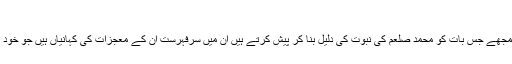
معجزوں کی دلیل
مسلمان علماء و عوام بلا سوچے سمجھے جس بات کو محمد صلعم کی نبوت کی دلیل بنا کر پیش کرتے ہیں ان میں سرِفہرست ان کے معجزات کی کہانیاں ہیں جو خود مسلمانوں کی کتب میں موجود ہیں۔